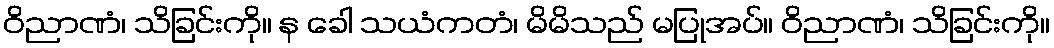
ဝိညာဏံ၊ သိခြင်းကို။ န ခေါ သယံကတံ၊ မိမိသည် မပြုအပ်။ ဝိညာဏံ၊ သိခြင်းကို။